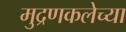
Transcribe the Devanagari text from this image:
मुद्रणकलेच्या